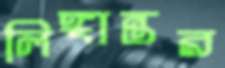
লিঙ্গান্তর